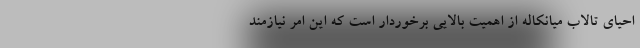
احیای تالاب میانکاله از اهمیت بالایی برخوردار است که این امر نیازمند